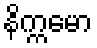
နိက္ကမော